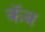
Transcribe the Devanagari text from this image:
कॅब